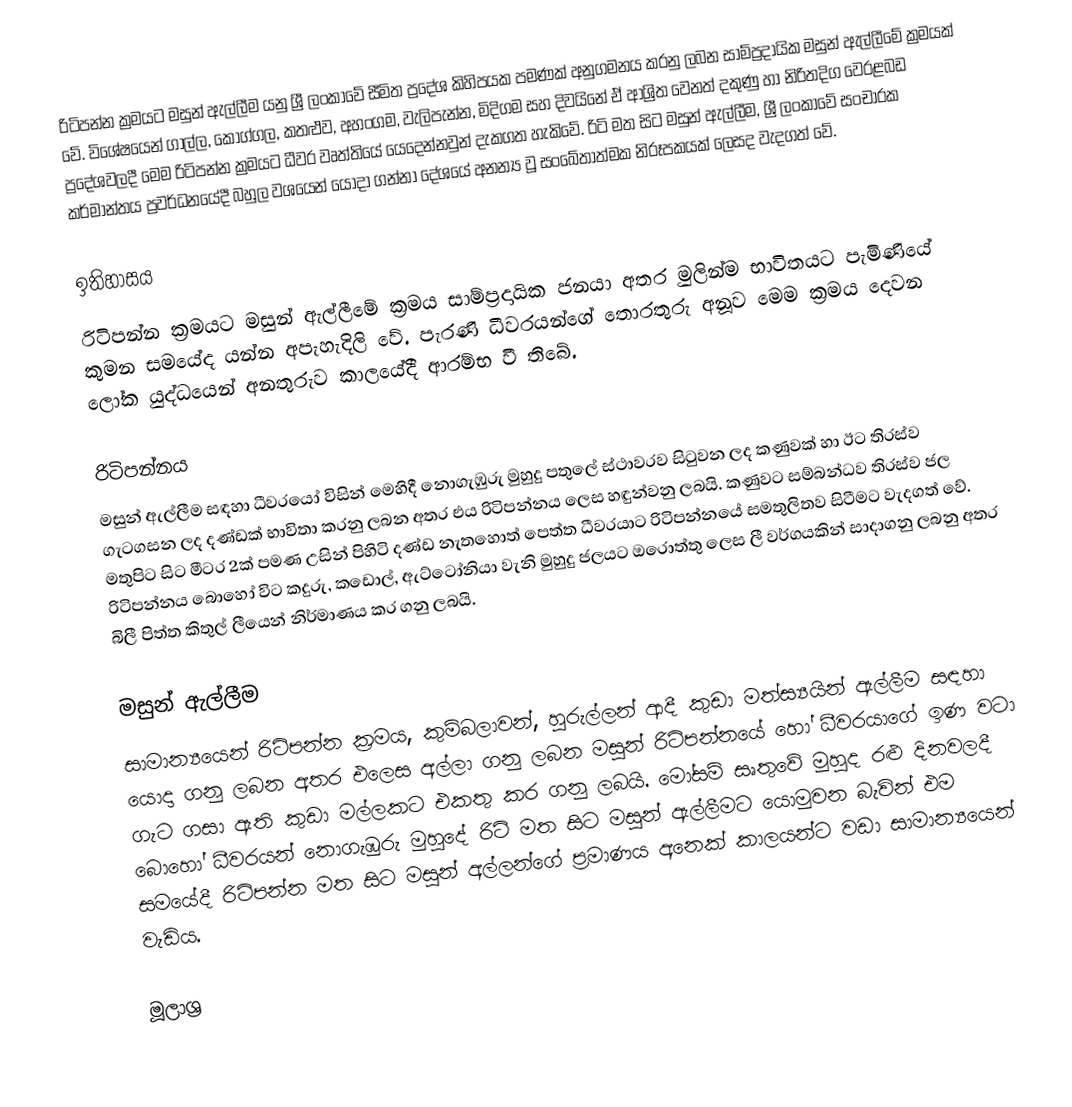
රිටිපන්න ක්‍රමයට මසුන් ඇල්ලීම යනු ශ්‍රී ලංකාවේ සීමිත ප්‍රදේශ කිහිපයක පමණක් අනුගමනය කරනු ලබන සාම්ප්‍රදායික මසුන් ඇල්ලීමේ ක්‍රමයක් වේ. විශේෂයෙන් ගාල්ල, කොග්ගල, කතළුව, අහංගම, වැලිපැන්න, මිදිගම සහ දිවයිනේ ඒ ආශ්‍රිත වෙනත් දකුණු හා නිරිතදිග වෙරළබඩ ප්‍රදේශවලදී මෙම රිටිපන්න ක්‍රමයට ධීවර වෘත්තියේ යෙදෙන්නවුන් දැකගත හැකිවේ. රිටි මත සිට මසුන් ඇල්ලීම, ශ්‍රී ලංකාවේ සංචාරක කර්මාන්තය ප්‍රවර්ධනයේදී බහුල වශයෙන් යොදා ගන්නා දේශයේ අනන්‍ය වූ සංඛේතාත්මක නිරූපකයක් ලෙසද වැදගත් වේ.

ඉතිහාසය
රිටිපන්න ක්‍රමයට මසුන් ඇල්ලීමේ ක්‍රමය සාම්ප්‍රදායික ජනයා අතර මුලින්ම භාවිතයට පැමිණියේ කුමන සමයේද යන්න අපැහැදිලි වේ. පැරණි ධීවරයන්ගේ තොරතුරු අනූව මෙම ක්‍රමය දෙවන ලෝක යුද්ධයෙන් අනතුරුව කාලයේදී ආරම්භ වී තිබේ.

රිටිපන්නය
මසුන් ඇල්ලීම සඳහා ධීවරයෝ විසින් මෙහිදී නොගැඹුරු මුහුදු පතුලේ ස්ථාවරව සිටුවන ලද කණුවක් හා ඊට තිරස්ව ගැටගසන ලද දණ්ඩක් භාවිතා කරනු ලබන අතර එය රිටිපන්නය ලෙස හඳුන්වනු ලබයි. කණුවට සම්බන්ධව තිරස්ව ජල මතුපිට සිට මීටර 2ක් පමණ උසින් පිහිටි දණ්ඩ නැතහොත් පෙත්ත ධීවරයාට රිටිපන්නයේ සමතුලිතව සිටීමට වැදගත් වේ. රිටිපන්නය බොහෝ විට කදුරු, කඩොල්, ඇට්ටෝනියා වැනි මුහුදු ජලයට ඔරොත්තු ලෙස ලී වර්ගයකින් සාදාගනු ලබනු අතර බිලී පිත්ත කිතුල් ලීයෙන් නිර්මාණය කර ගනු ලබයි.

මසුන් ඇල්ලීම
සාමාන්‍යයෙන් රිටිපන්න ක්‍රමය, කුම්බලාවන්, හුරුල්ලන් ආදී කුඩා මත්ස්‍යයින් ඇල්ලීම සඳහා යොදා ගනු ලබන අතර එලෙස අල්ලා ගනු ලබන මසුන් රිටිපන්නයේ හෝ ධීවරයාගේ ඉණ වටා ගැට ගසා ඇති කුඩා මල්ලකට එකතු කර ගනු ලබයි. මෝසම් සෘතුවේ මුහුද රළු දිනවලදී බොහෝ ධීවරයන් නොගැඹුරු මුහුදේ රිටි මත සිට මසුන් ඇල්ලීමට යොමුවන බැවින් එම සමයේදී රිටිපන්න මත සිට මසුන් අල්ලන්ගේ ප්‍රමාණය අනෙක් කාලයන්ට වඩා සාමාන්‍යයෙන් වැඩිය.

මූලාශ්‍ර